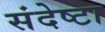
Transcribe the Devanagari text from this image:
संदेष्टा